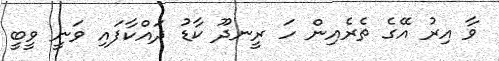
ވާ އިރު އޭގެ ތެރެއިން ހަ ރީނދޫ ކާޑު ދައްކާފައި ވަނީ ވީބީ